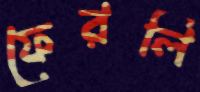
ফেরলি